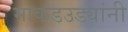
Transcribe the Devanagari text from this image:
माकडउड्यांनी